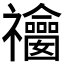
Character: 𥜫